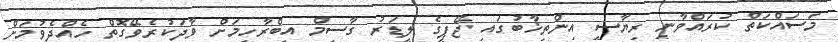
މަސައްކަތް ކުރައްވާނީ ރިޔާސީ އިންތިޚާބުގައި ޖޭޕީގެ ލީޑަރު ގާސިމް އިބްރާހީމަށް ވާދަކުރެވޭގޮތް ހެއްދެވުމަށް